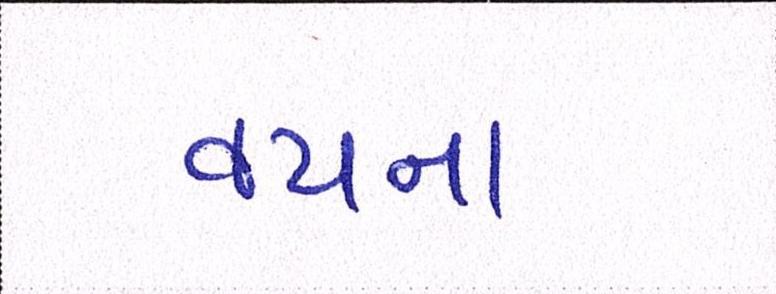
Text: વયના